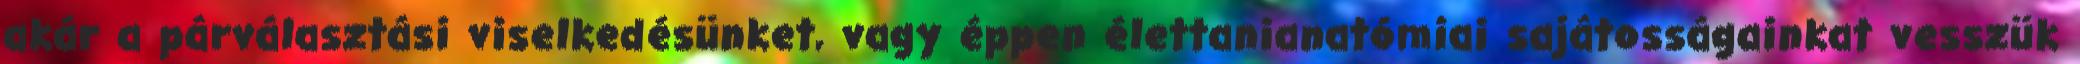
akár a párválasztási viselkedésünket, vagy éppen élettanianatómiai sajátosságainkat vesszük